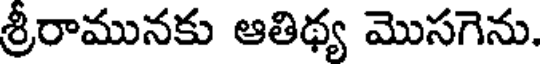
శ్రీరామునకు ఆతిథ్య మొసగెను.